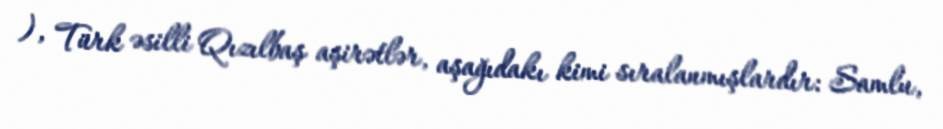
), Türk əsilli Qızılbaş aşirətlər, aşağıdakı kimi sıralanmışlardır: Samlu,